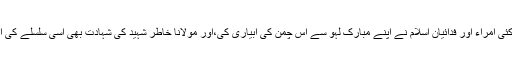
اور وقتا فوقتا کئی امراء اور فدائیانِ اسلام نے اپنے مبارک لہو سے اس چمن کی آبیاری کی،اور مولانا خاطر شہید کی شہادت بھی اسی سلسلے کی ایک کڑی ہے۔